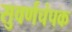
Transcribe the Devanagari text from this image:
सुवर्णचंपक